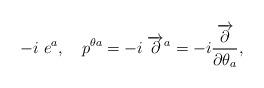
LaTeX: \begin{align*}-i\; e^a, \quad p^{\theta a} = -i\; \overrightarrow{\partial}^a= -i \frac{\overrightarrow{\partial}}{\partial \theta_a}, \end{align*}